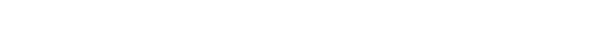
ထိုကြည်ညိုအပ်သော ပုဂ္ဂိုလ်သည်။ ယထာရူပါယ၊ အကြင်သို့သော သဘောရှိသော။ အာပတ္တိယာ၊